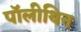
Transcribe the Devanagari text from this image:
पॉलीथिन